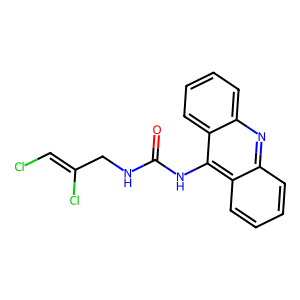
SMILES: O=C(NCC(Cl)=CCl)Nc1c2ccccc2nc2ccccc12
Inhibits HIV replication: No